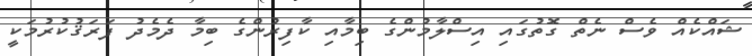
ޝައްކެއް ވެސް ނެތް ގޮތުގައި އިސްލާމުންގެ ބިމާއި ކާފިރުންގެ ބިމާ ދެމެދު ފަރަޤުކުރުމަކީ